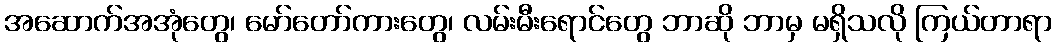
အဆောက်အအုံတွေ၊ မော်တော်ကားတွေ၊ လမ်းမီးရောင်တွေ ဘာဆို ဘာမှ မရှိသလို ကြယ်တာရာ